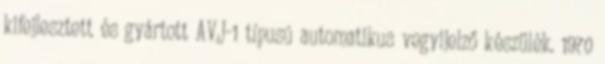
kifejlesztett és gyártott AVJ-1 típusú automatikus vegyijelző készülék. 1970